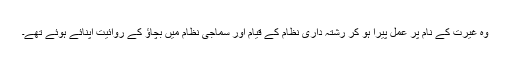
وہ غیرت کے نام پر عمل پیرا ہو کر رشتہ داری نظام کے قیام اور سماجی نظام میں بچاؤ کے روائیت اپنائے ہوئے تھے۔